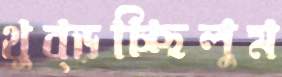
থুব্‌ড়চ্ছিলুম